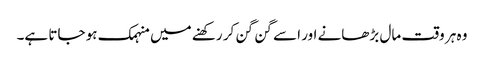
وہ ہر وقت مال بڑھانے اور اسے گن گن کر رکھنے میں منہمک ہو جاتا ہے۔